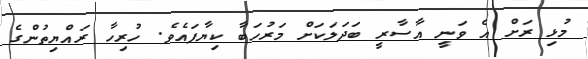
މުޅި ރަށް އެ ވަނީ އާސާރީ ބަދަލަކަށް މަރުހަބާ ކިޔާފައެވެ. ހުރިހާ ރައްޔިތުންގެ